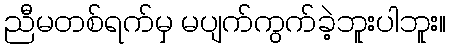
ညီမတစ်ရက်မှ မပျက်ကွက်ခဲ့ဘူးပါဘူး။